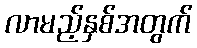
လာမည့်နှစ်အတွက်